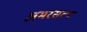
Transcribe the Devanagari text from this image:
अमरसत्य